Annual statistical returns and brief notes on vaccination in Bengal - 1887-1898
Year: 1887
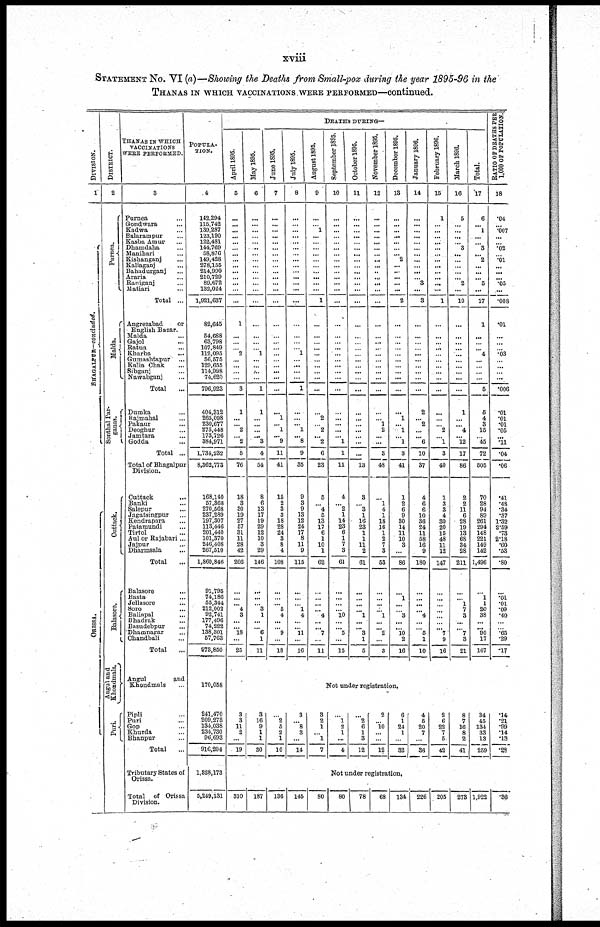
xviii
STATEMENT No. VI (a)—Showing the Deaths from Small-pox during the year 1895-96 in the
THANAS IN WHICH VACCINATIONS WERE PERFORMED—continued
DIVISION.
1
BHAGALPUR—concluded.
ORISSA.
DISTRICT.
2
Purnea.
Malda.
Sonthal Par-
ganas.
Cuttack.
Balasore.
Angul and
Khondmals.
Puri.
THANAS IN WHICH
VACCINATIONS
WERE PERFORMED.
3
Purnea...
Gondwara...
Kadwa...
Balarampur...
Kasba Amur...
Dhamdaha...
Manihari...
Kishanganj...
Kaliaganj...
Bahadurganj...
Araria...
Raniganj...
Matiari...
Total ...
Angrezabad
or
English Bazar.
Malda...
Gajol...
Ratua...
Kharba...
Gumashtapur...
Kalia Chak...
Sibganj...
Nawabganj...
Total...
Dumka...
Rajmahal...
Pakaur...
Deoghur...
Jamtara...
Godda...
Total...
Total of Bhagalpur
Division.
Cuttack...
Banki...
Salepur...
Jagatsingpur...
Kendrapara...
Patamundi...
Tirtol... Aul or Rajabari...
Jajpur...
Dharmsala...
Total...
Balasore...
Basta...
Jellasore...
Soro...
Baliapal...
Bhadrak...
Basudebpur...
Dhamnagar...
Chandbali...
Total...
Angul
and
Khondmals...
Pipli...
Puri...
Gop...
Khurda...
Bhanpur...
Total
...
Tributary States of
Orissa.
Total
of Orissa
Division.
POPULA-
TION.
4
142,294
115,742
139,287
123,190
122,481
144,769
58,876
149,428
278,155
214,990
210,729
89,672
132,024
1,921,637
82,645
54,688
63,798
107,849
112,095
56,575
129,655
114,998
74,620
796,923
404,312
265,098
230,677
275,448
173,726
384,971
1,734,232
8,362,773
168,140
57,368
270,568
237,289
197,307
113,446
201,440
101,370
246,408
267,510
1,860,846
91,795
74,186
55,344
212,002
92,741
177,496
74,222
138,301
57,763
973,850
170,058
241,470
209,278
134,038
234,730
96,693
916,204
1,328,173
5,249,131
DEATHS DURING—
April 1895.
5
...
...
... ...
...
... ...
...
...
...
...
...
...
...
1
...
...
... 2
...
...
...
...
3
1
...
... 2
... 2
5
76
18
3
30
19
27
57
31
11
28
42
266
...
...
... 4
3
...
... 18
...
25
May 1895.
6
...
... ...
... ...
...
...
... ...
... ...
...
...
...
...
...
...
... 1
...
...
...
...
1
1
... ...
...
... 3
4
54
8
6
18
17
19
29
12
10
3
29
146
...
...
... 3
1
...
... 6
1
11
June 1895.
7
...
...
...
...
...
...
...
...
... ...
...
...
...
...
...
...
...
...
...
...
...
...
...
...
...
1
... 1
... 9
11
41
15
2
3
3
18
28
24
3
8
4
108
...
...
... 5
4
...
... 9
...
18
July 1895.
8
...
...
...
...
...
...
... ...
... ...
...
...
...
...
...
...
...
... 1
...
...
...
...
1
...
... ... 1
... 8
9
36
9
3
9
13
12
24
17
8
11
9
115
...
...
... 1
4
... ... 11
...
16
August 1895.
9
...
... 1
...
...
...
...
...
... ...
...
...
...
1
...
...
...
...
...
... ...
...
...
...
...
2
... 2
... 2
6
23
5
... 4
5
13
17
6
1
10
1
62
...
...
...
... 4
...
... 7
...
11
September 1895.
10
...
...
...
...
... ...
...
... ...
... ...
...
...
...
...
...
...
...
...
...
...
...
...
...
...
...
...
...
... 1
1
11
4
... 2
1
14
23
6
1
7
3
61
...
...
...
... 10
...
... 5
...
15
October 1895.
11
...
...
...
...
...
...
... ...
... ...
...
...
...
...
...
...
... ...
...
...
...
...
...
...
...
...
... ...
...
...
...
13
3
... 3
1
16
23
1
1
11
2
61
...
... ...
... 1
... ... 3
1
5
November 1895.
12
...
...
...
...
...
...
...
...
...
...
...
...
...
...
...
...
...
...
...
...
...
...
...
...
...
... 1
2
...
...
3
48
...
1
4
1
18
16
1
2
7
3
53
...
...
...
... 1
...
... 2
...
3
December 1895.
13
...
...
...
...
... ...
... 2
...
...
...
...
...
2
...
...
...
...
...
...
...
...
...
...
...
1
... 1
... 1
3
41
1
2
6
9
30
14
11
10
3
...
86
...
1
...
... 3
...
... 10
2
16
January 1896.
14
...
...
...
...
...
...
...
...
...
...
... 3
...
3
...
...
...
... ...
...
...
...
...
...
2
... 2
...
... 6
10
37
4
6
6
10
36
24
11
58
16
9
180
...
...
...
... 4
...
... 5
1
10
February 1896.
15
1
...
...
...
...
...
...
...
...
...
...
...
...
1
...
...
...
...
... ...
...
...
...
...
...
...
... 2
... 1
3
40
1
3
3
4
30
20
15
48
11
12
147
...
...
...
...
...
...
... 7
9
16
March 1896.
16
5
...
...
...
... 3
...
...
...
...
... 2
...
10
...
...
...
...
...
...
...
...
...
...
1
...
... 4
... 12
17
86
2
2
11
6
28
19
13
68
34
28
211
...
... 1
7
3
...
... 7
3
21
Total.
17
6
... 1
...
... 3
... 2
...
...
... 5
...
17
1
...
... ... 4
...
... ...
...
5
5
4
3
15
... 45
72
505
70
28
94
89
261
294
148
221
149
142
1,496
...
1
1
20
38
...
... 90
17
167
RATIO OF DEATHS PER
1,000 OF POPULATION.
18
.04
... .007
... ... .02
... .01
... ...
... .05
....
.008
.01
...
...
... .03
...
...
...
...
.006
.01
.01
.01
.05
... .11
.04
.06
.41
.48
.34
.37
1.32
2.59
.73
2.18
.60
.53
.80
...
.01
.01
.09
.40
...
... .65
.29
.17
Not under registration.
3
3
11
2
...
19
8
16
9
1
1
30
...
2
5
2
1
10
3
... 8
3
...
14
3
2
1
... 1
7
...
1
2
1
...
4
...
2
6
1
3
12
2
... 10
...
...
12
6
1
24
1
...
32
4
5
20
7
...
36
2
6
22
7
5
42
8
7
16
8
2
41
34
45
134
33
13
259
.14
.21
.99
.14
.13
.28
Not under registration.
310 187 136 145
80
80
78
68 134 226 205 273 1,922
.36